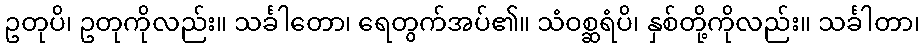
ဥတုပိ၊ ဥတုကိုလည်း။ သင်္ခါတော၊ ရေတွက်အပ်၏။ သံဝစ္ဆရံပိ၊ နှစ်တို့ကိုလည်း။ သင်္ခါတာ၊